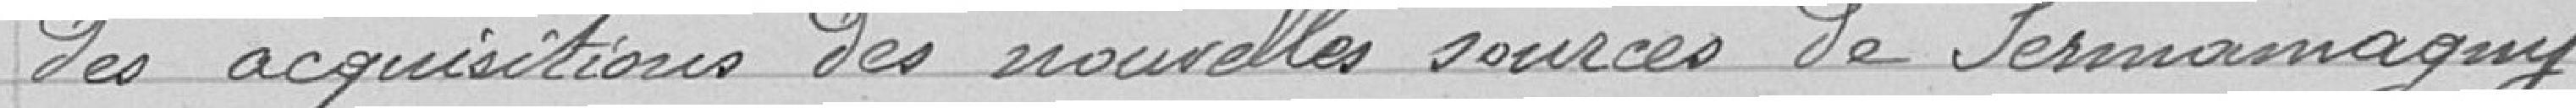
des acquisitions des nouvelles sources de Sermamagny .